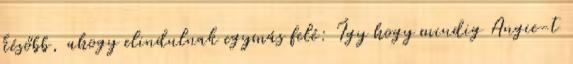
később, ahogy elindulnak egymás felé: Így hogy mindig Angie-t